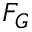
F _ { G }